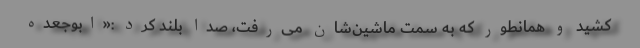
کشید و همانطور که به سمت ماشین‌شان می‌رفت، صدا بلند کرد :«ابوجعده